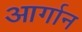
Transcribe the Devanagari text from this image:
आर्गान